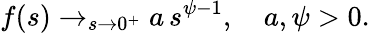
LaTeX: f(s)\to_{s\to 0^{+}}a\, s^{\psi-1},\quad a,\psi>0.